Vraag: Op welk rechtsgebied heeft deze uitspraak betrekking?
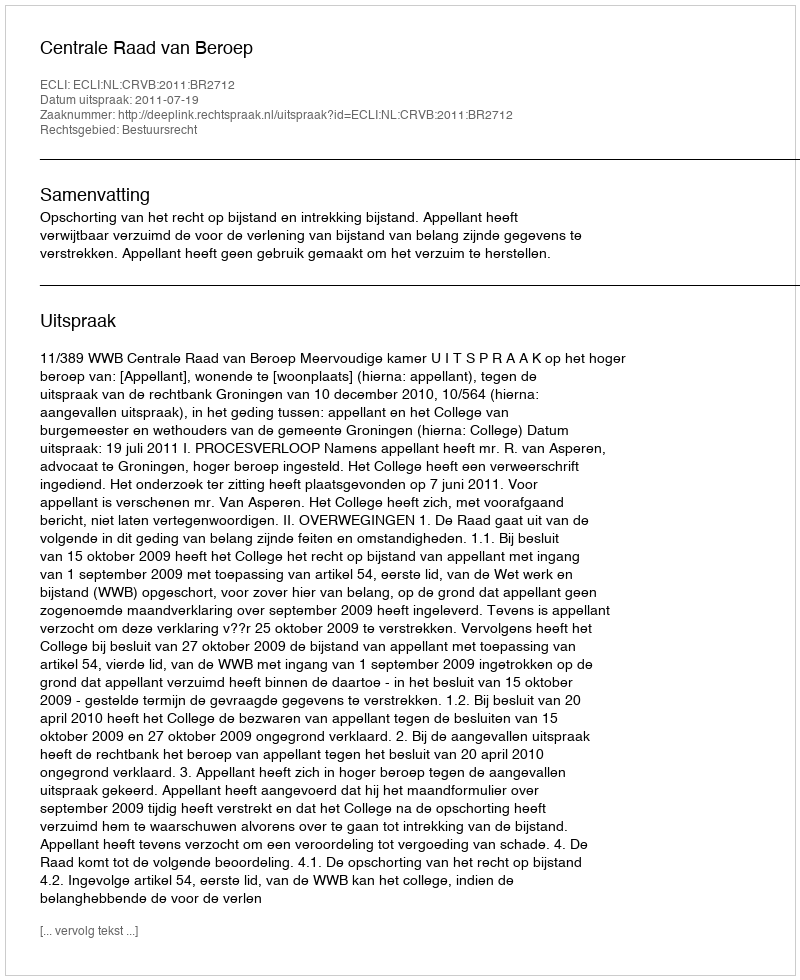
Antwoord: Bestuursrecht